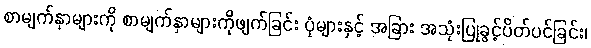
စာမျက်နှာများကို စာမျက်နှာများကိုဖျက်ခြင်း ပုံများနှင့် အခြား အသုံးပြုခွင့်ပိတ်ပင်ခြင်း၊